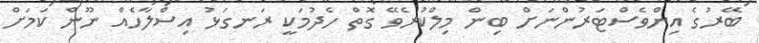
ބޭރުގެ އިންވެސްޓަރުންނަށް ބިން މިލްކުރެވޭ ގޮތް ހެދުމަކީ ރަނގަޅު އިސްލާހެއް ނޫން ކަމަށް